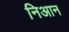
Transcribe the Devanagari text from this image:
निआन